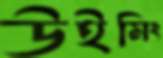
উইমিং